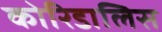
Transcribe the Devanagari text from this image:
कोरिडालिस